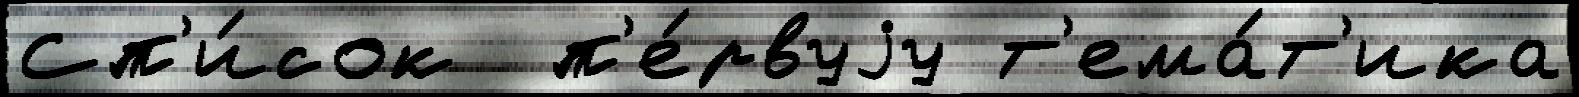
Сп'и́сок  п'е́рвуjу т'ема́т'ика